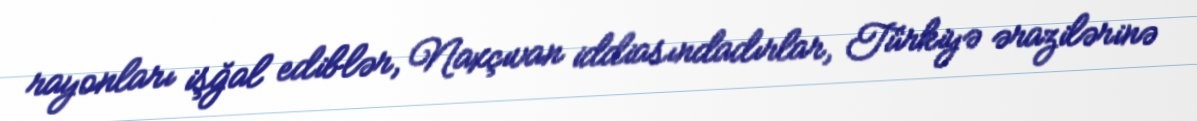
rayonları işğal ediblər, Naxçıvan iddiasındadırlar, Türkiyə ərazilərinə